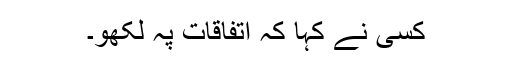
کسی نے کہا کہ اتفاقات پہ لکھو۔